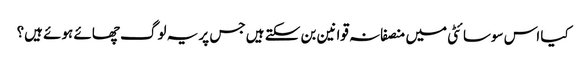
کیا اس سوسائٹی میں منصفانہ قوانین بن سکتے ہیں جس پر یہ لوگ چھائے ہوئے ہیں؟